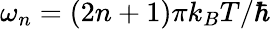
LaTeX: \omega_{n}=(2n+1)\pi k_{B}T/\hbar